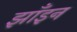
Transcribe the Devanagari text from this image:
झाँइन